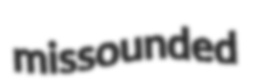
missounded